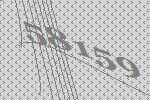
58159